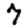
Digit: 7